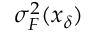
\sigma _ { F } ^ { 2 } ( x _ { \delta } )